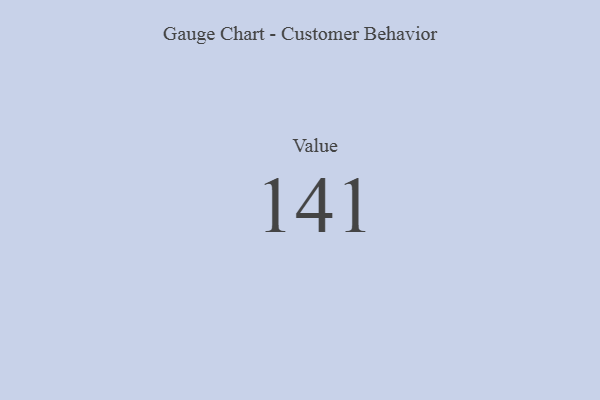
{"axis": {"x": "Metric", "y": "Value"}, "legend": [""], "data": [{"x": "Value", "y": 141, "type": ""}]}